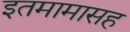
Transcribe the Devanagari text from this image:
इतमामासह